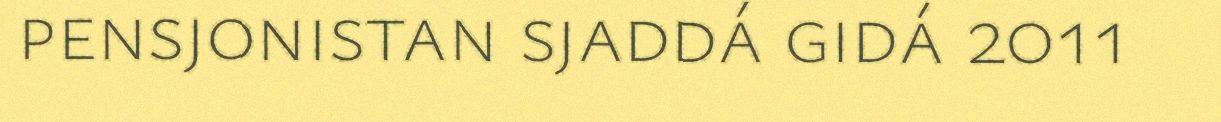
pensjonistan sjaddá gidá 2011